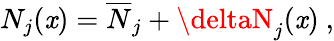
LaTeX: N_{j}(\mathit{x})={\overline{{{N}}}}_{j}+\deltaN_{j}(\mathit{x})\ ,